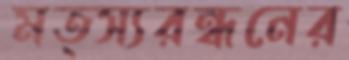
মত্স্যরন্ধনের